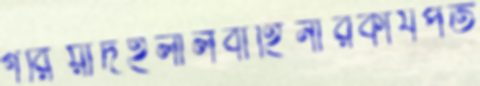
গরিয়াদহলালবাহিনীরকার্যপত